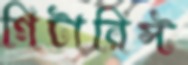
গিটারিস্ট